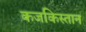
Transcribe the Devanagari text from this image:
कजकिस्तान